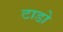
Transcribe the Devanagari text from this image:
टाडो